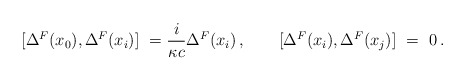
\begin{align*}[\Delta^F( x_0 ) , \Delta^F( x_i ) ] \ = \-\frac{i}{\kappa c} \Delta^F( x_i )\, ,\qquad [ \Delta^F( x_i ) ,\Delta^F( x_j ) ] \ = \ 0\, .\end{align*}